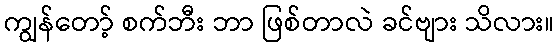
ကျွန်တော့် စက်ဘီး ဘာ ဖြစ်တာလဲ ခင်ဗျား သိလား။